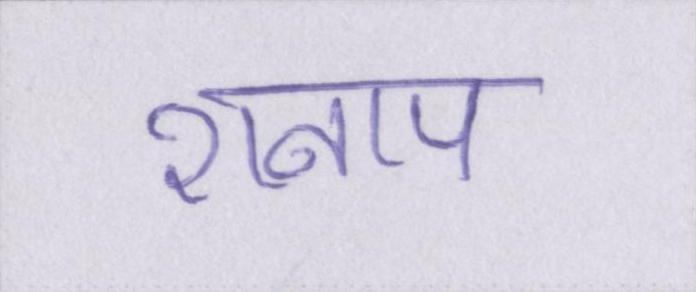
शनाप